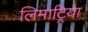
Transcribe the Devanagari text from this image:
लिमाट्रिया